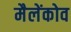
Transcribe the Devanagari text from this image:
मैलेंकोव